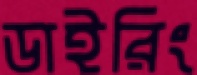
ডাইরিং